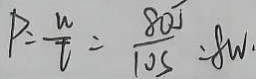
P = \frac { w } { t } = \frac { 8 0 J } { 1 0 s } = 8 W